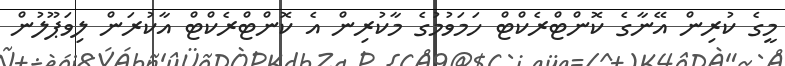
މީގެ ކުރިން އޭނާގެ ކޮންޓްރެކްޓް ހަމަވުމުގެ މާކުރިން އެ ކޮންްޓްރެކްޓް އާކުރަން ލިވަޕޫލުން